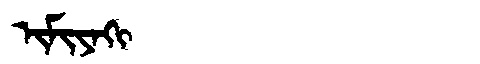
Manchu: ᡳᠮᡳᠶᠠᡴᡳ
Romanization: IMIYAKI